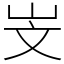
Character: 㞵